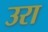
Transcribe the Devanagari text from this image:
उरा